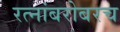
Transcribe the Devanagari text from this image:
रत्‍नांबरोबरच